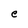
Character: e